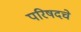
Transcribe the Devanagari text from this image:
परिषदचे